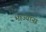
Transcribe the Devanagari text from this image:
भाज्यांना